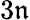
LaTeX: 3\mathfrak{n}